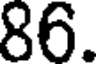
86.